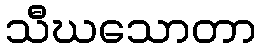
သီဃသောတာ